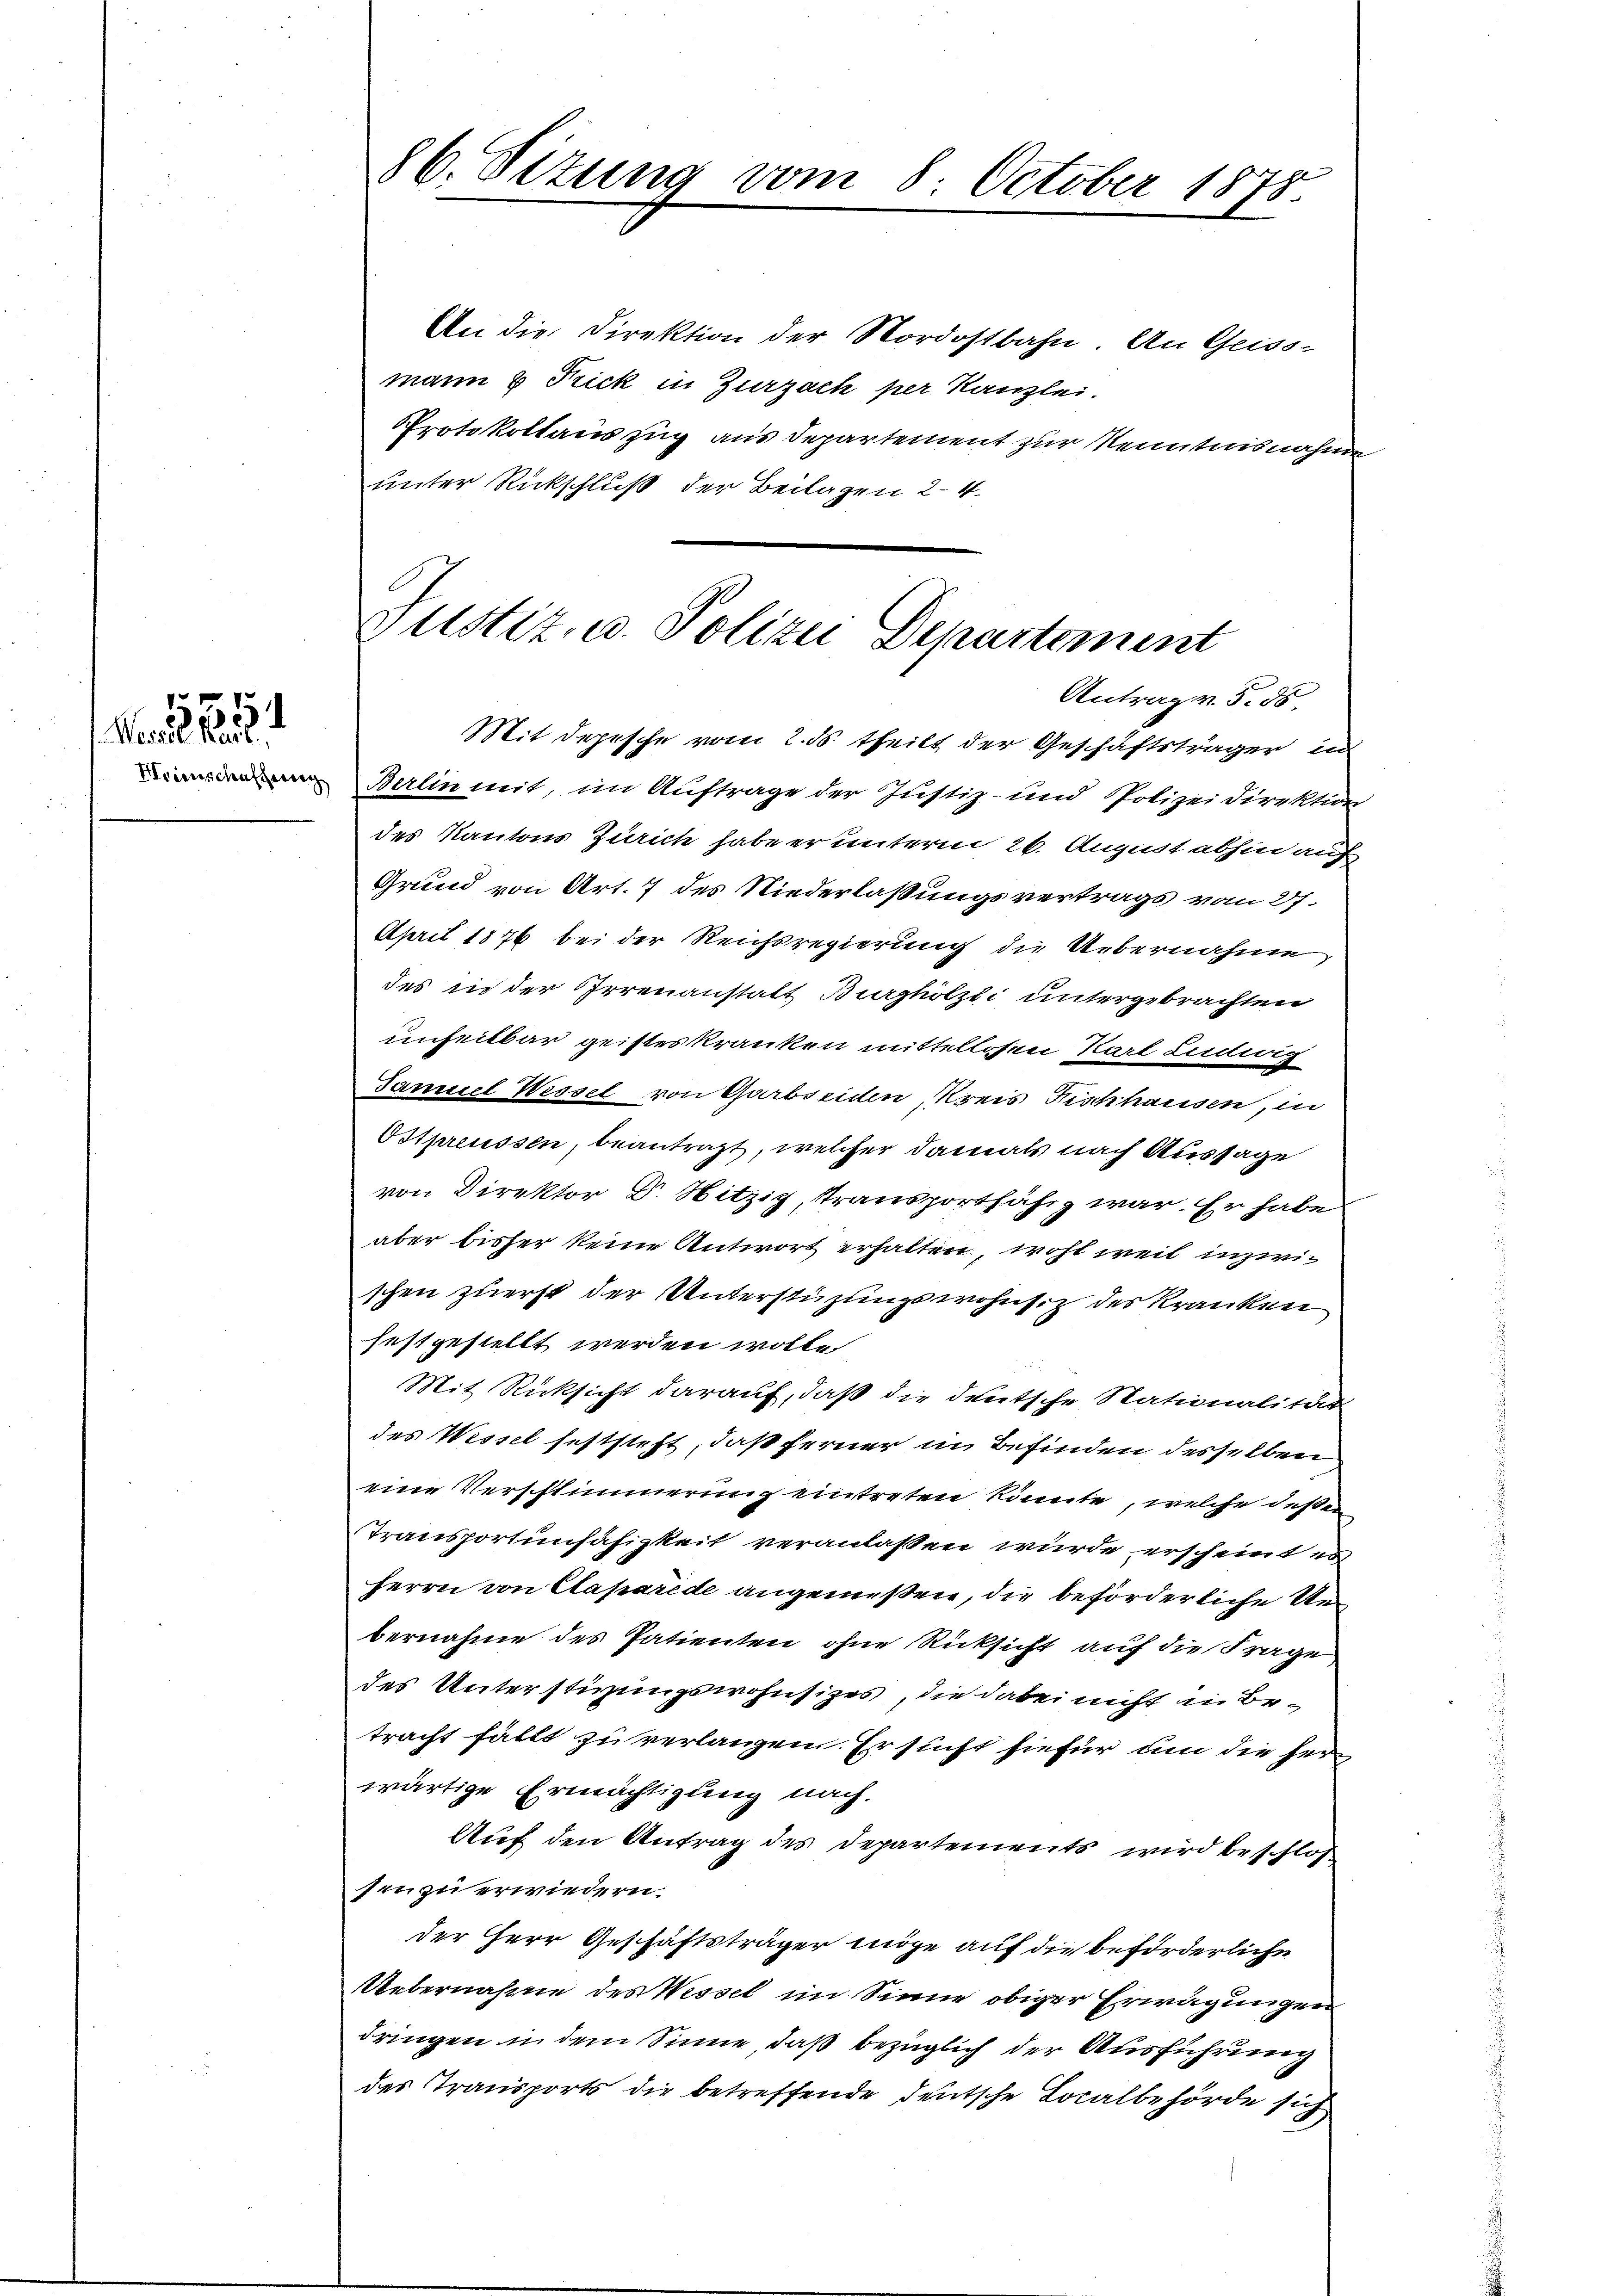
Messel Rait

.
5

86. Sizung vom 8. October 1878.

An die Direktion der Nordostbahn. An Geiss-
mann 2 Kick in Zurzach per Kanzlei.
Protokollauszug aus Departement zur Kenntnisnahme
unter Rückschluß der Beilagen 24.
Mit Depesche vom 2. ds. theilt der Geschäftsträger in
 Berlin mit, im Auftrage der Justiz- und Polizeidirektion
des Kantons Zürich habe er unterm 26. August abhin auf
Grund von Art. 7 des Niederlaßungsvertrags vom 27.
April 1876 bei der Reichsregierung die Uebernahme,
des in der Irrenanstalt Burghölzli untergebrachten
unheitbar geisteskranken mittellosen Karl Ludwig
Samuel Wessel von Garbseiden, Kreis Fischhausen, in
Ostpreussen, beantragt, welcher damals nach Aussage
von Direktor Dr. Nitzig, Transportfähig war. Er habe
aber bisher keine Antwort erhalten, wohl weil inzwischen zuerst der Unterstüzungswohnsitz des Kranken
festgestellt werden wolle
Mit Rücksicht darauf, daß die deutsche Nationalität
des Wissel feststeht, daß ferner in Befinden desselben
eine Verschlimmerung eintreten könnte, welche deßen
Transportunfähigkeit veranlaßen wurde, erscheint es
Herrn von Caparede angemeßen, die beförderliche Uebernahme des Patienten ohne Rücksicht auf die Frage
des Unterstigungswohnsitzes, die dabei nicht in Betracht fällt zu verlangen. Er sucht hiefür un die Herwärtige Ermächtigung nach.
Auf den Antrag des Departements wird beschloß
sin zu erwiedern.
der Herr Geschäftsträger möge auf die beförderliche
Uebernahme des Wessel im Sinne obiger Erwägungen
dringen in dem Sinne, daß bezüglich der Ausführung
des Transports die betreffende deutsche Localbehörde sich

Justiz- u. Polizei Departement
Antrag v. 5. d.